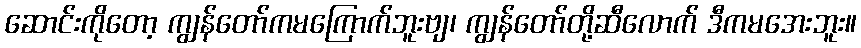
ဆောင်းကိုတော့ ကျွန်တော်ကမကြောက်ဘူးဗျ၊ ကျွန်တော်တို့ဆီလောက် ဒီကမအေးဘူး။